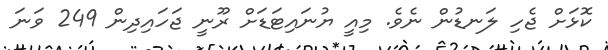
ކޮޅަށް ޖެހި ލަނޑުން ނެވެ. މިއީ ޔުނައިޓަޑަށް ރޫނީ ޖަހައިދިން 249 ވަނަ